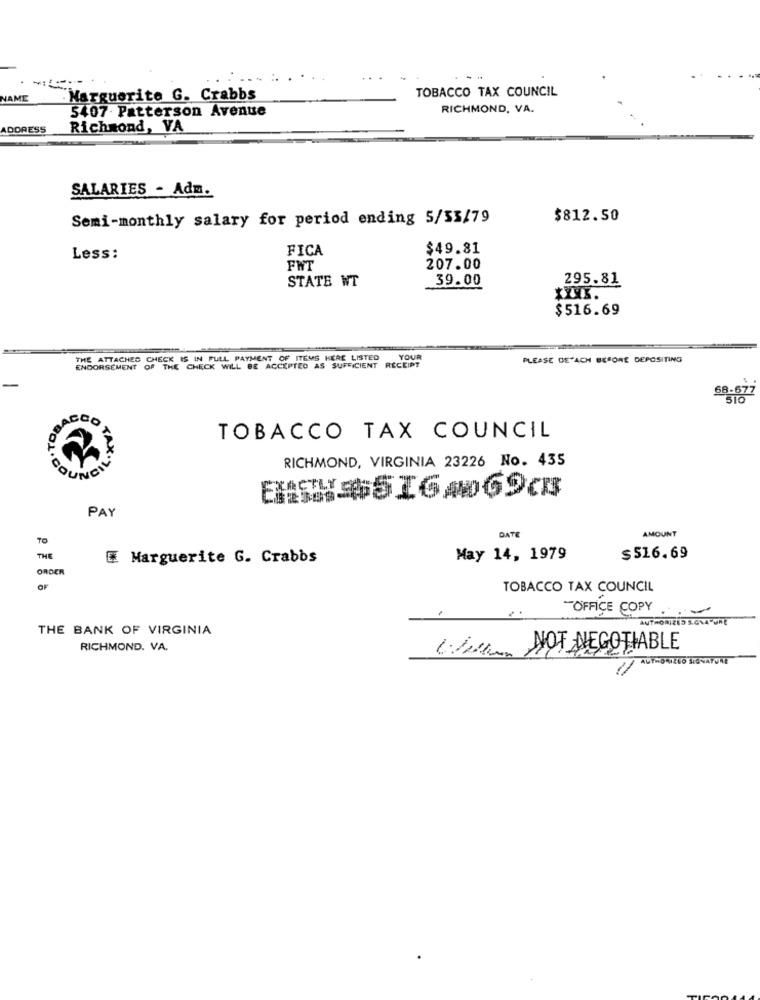
....... ..
..
TOBACCO TAX COUNCIL
NAME
. Marguerite G. Crabbs
5407. Patterson Avenue
RICHMOND, VA.
ADDRESS
Richmond, VA
SALARIES - Adm.
Semi-monthly salary for period ending 5/53/79
$812.50
FICA
$49.81
Less:
FNT
207.00
STATE WT
39.00
295.81
$516.69
THE ATTACHED CHECK IS IN FULL PAYMENT OF ITEMS HERE LISTED
YOUR
PLEASE DE'ACH BEFORE DEPOSITING
ENDORSEMENT OF THE CHECK WILL BE ACCEPTED AS SUFFICIENT RECEIPT
68.677
TOBACCO TAX COUNCIL
RICHMOND, VIRGINIA 23226 No. 435
ou
PAY
AMOUNT
70
DATE
THE
Marguerite G. Crabbs
May 14, 1979
$516.69
ORDER
OF
TOBACCO TAX COUNCIL
-OFFICE COPY
-
AUTHORIZED SIGNATURE
THE BANK OF VIRGINIA
RICHMOND. VA.
Www. NOT NEGOTIABLE
AUTHORIZEO SIGNATURE